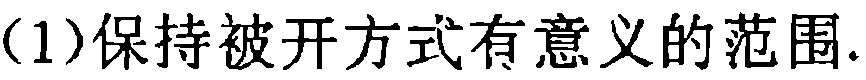
(1)保持被开方式有意义的范围.